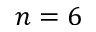
n = 6